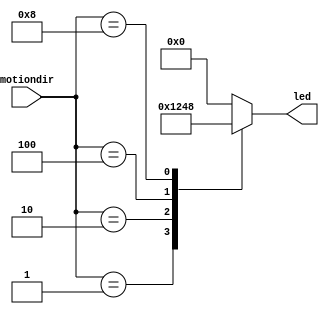
module led_control(
    input wire [3:0] motiondir,
    output reg [3:0] led
);

always @* begin
    // Turn on LEDs based on the motion direction
    case (motiondir)
        4'b0000: led = 4'b0000; // No motion
        4'b0001: led = 4'b0001; // LED0 on for Forward
        4'b0010: led = 4'b0010; // LED1 on for Backward
        4'b0100: led = 4'b0100; // LED2 on for Turn right
        4'b1000: led = 4'b1000; // LED3 on for Turn left
        default: led = 4'b0000;  // Default to no motion
    endcase
end

endmodule